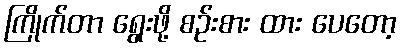
ကြိုက်တာ ရွေးဖို့ စဉ်းစား ထား ပေတော့